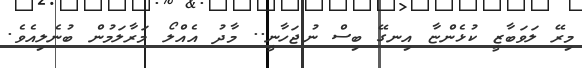
މިރޭ ލަވަބާޒީ ކުޅެންޏާ އިނގޭ ބިސް ނުޖަހާނީ.. މާދު އެއްލޯ މަރާލަމުން ބުނެލިއެވެ.